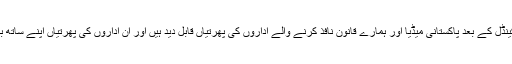
مگر دلچسپ بات یہ ہے کہ ایگزیکٹ سکینڈل کے بعد پاکستانی میڈیا اور ہمارے قانون نافذ کرنے والے اداروں کی پھرتیاں قابل دید ہیں اور ان اداروں کی پھرتیاں اپنے ساتھ بہت سے سوالات پیچھے چھوڑ جاتی ہیں۔